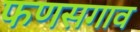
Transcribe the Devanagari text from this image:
फणसगाव